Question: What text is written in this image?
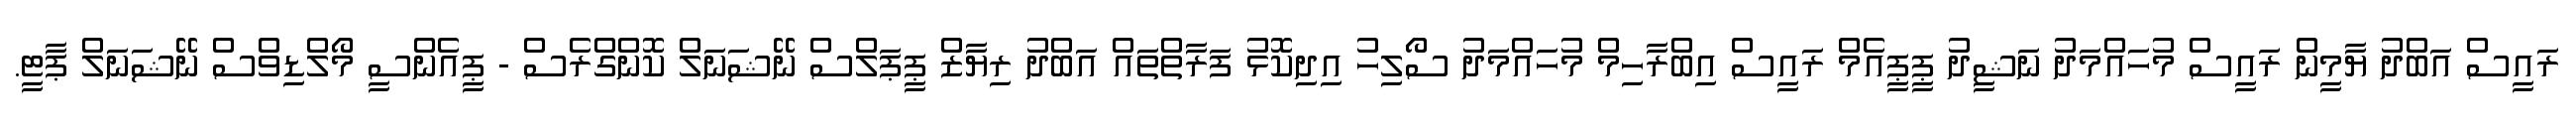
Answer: ރައީސް އަބްދު ޔާމީން ރައީސް މުހައްމަދު ނަޝީދު ޕީޕީއެމް ރައީސް އިބްރާހިމް މުހައްމަދު ސޯލިހު އިދިކޮޅު ފަރާތްތައް އަބްދު ރިޔާޒް ޕީޕަލްސް ނޭޝަނަލް ކޮންގްރެސް - ޕީއެންސީ މޯލްޑިވްސް ނޭޝަނަލް ޕާޓީ.